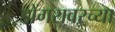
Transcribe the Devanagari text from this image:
डोंगरावरच्या